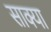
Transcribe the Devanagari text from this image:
साक्या